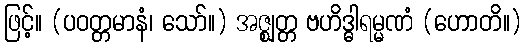
ဖြင့်။ (ပဝတ္တမာနံ၊ သော်။) အဇ္ဈတ္တ ဗဟိဒ္ဓါရမ္မဏံ (ဟောတိ။)